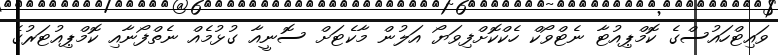
ވައިޓްހައުސްގެ ކޮމްޕިއުޓާ ނެޓްވޯކް ހެކްކޮށްފިވަޔޯ އަލުން މާކެޓަށް ސޮނީއާ ގުޅުމެއް ނެތްފޯނާއި ކޮމްޕިއުޓަރުގެ